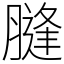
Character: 膖